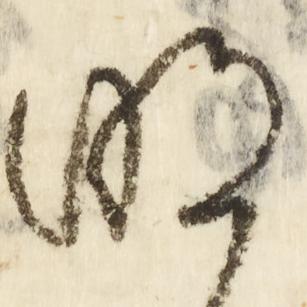
明